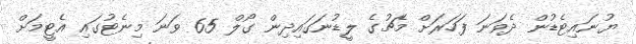
ޔުނައިޓެޑުން ދެވަނަ ފަހަރަށް މެޗުގެ ލީޑުނަގައިދިން ގޯލް 65 ވަނަ މިނެޓުގައި އެޓީމަށް